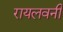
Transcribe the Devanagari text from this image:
रायलवनी